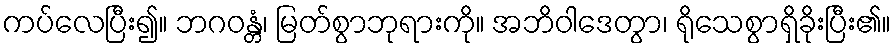
ကပ်လေပြီး၍။ ဘဂဝန္တံ၊ မြတ်စွာဘုရားကို။ အဘိဝါဒေတွာ၊ ရိုသေစွာရှိခိုးပြီး၏။